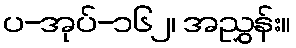
ပ-အုပ်-၁၆၂၊ အညွှန်း။